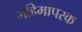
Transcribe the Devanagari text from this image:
महिमापरक